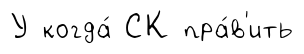
У когда́ СК пра́в'ить